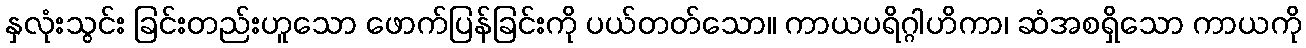
နှလုံးသွင်း ခြင်းတည်းဟူသော ဖောက်ပြန်ခြင်းကို ပယ်တတ်သော။ ကာယပရိဂ္ဂါဟိကာ၊ ဆံအစရှိသော ကာယကို